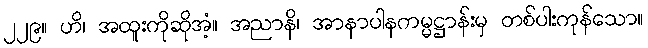
၂၂၉။ ဟိ၊ အထူးကိုဆိုအံ့။ အညာနိ၊ အာနာပါနကမ္မဋ္ဌာန်းမှ တစ်ပါးကုန်သော။